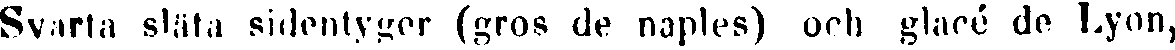
Svarta släta sidentyger (gros de naples) och glacé de Lyon,